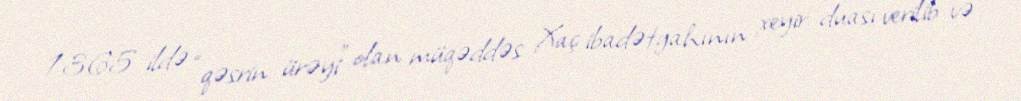
1365 ildə “qəsrin ürəyi” olan müqəddəs Xaç ibadətgahının xeyir duası verilib və